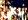
باقى